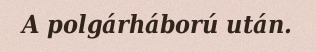
A polgárháború után.